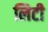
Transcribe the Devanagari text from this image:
लिटी